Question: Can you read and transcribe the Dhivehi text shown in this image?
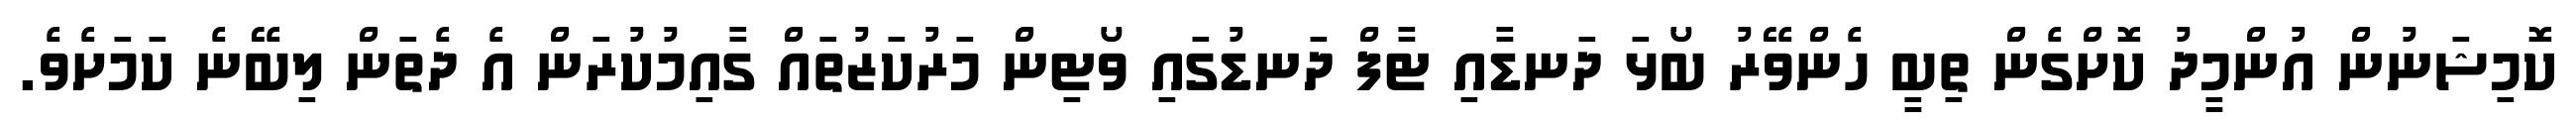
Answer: ކޮމިޝަނުން އުންމީދު ކޮށްގެން ތިބީ ހެންވޭރު ބޯޅަ ދަނޑާއި ޓާފް ދަނޑުގައި ވޯޓިން މަރުކަޒުތައް ގާއިމުކުރަން އެ ދެތަން ލިބޭނެ ކަމަށެވެ.